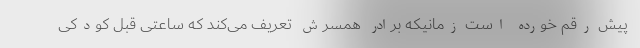
پیش رقم خورده است زمانیکه برادر همسرش تعریف می‌کند که ساعتی قبل کودکی